Report of the Indian Hemp Drugs Commission, 1894-1895 - Volume I
Year: 1894
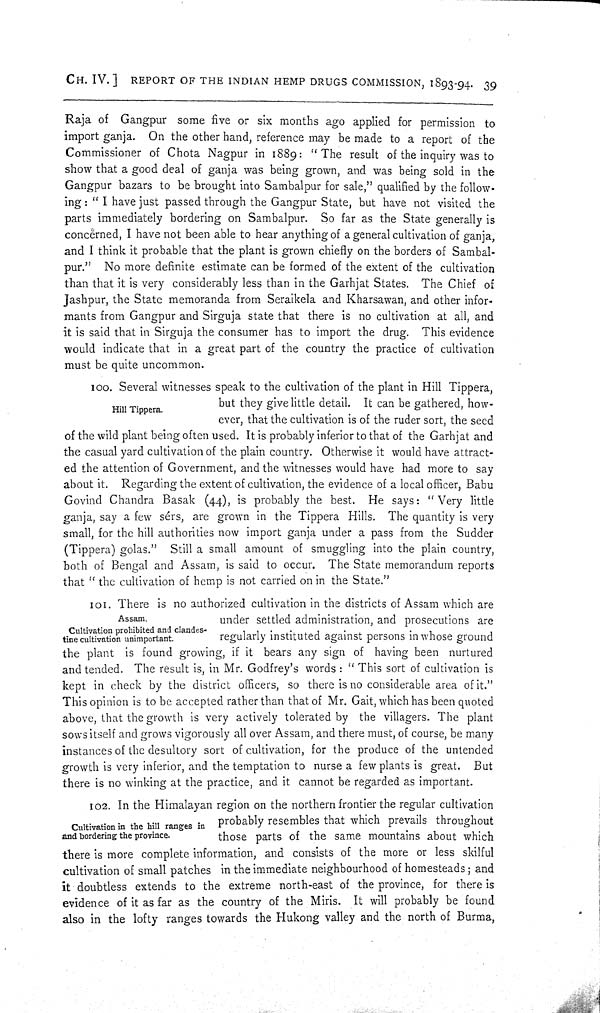
CH. IV.] REPORT OF THE INDIAN HEMP DRUGS COMMISSION, 1893-94. 39
Raja of Gangpur some five or six months ago applied for permission to
import ganja. On the other hand, reference may be made to a report of the
Commissioner of Chota Nagpur in 1889: "The result of the inquiry was to
show that a good deal of ganja was being grown, and was being sold in the
Gangpur bazars to be brought into Sambalpur for sale," qualified by the follow-
ing: "I have just passed through the Gangpur State, but have not visited the
parts immediately bordering on Sambalpur. So far as the State generally is
concerned, I have not been able to hear anything of a general cultivation of ganja,
and I think it probable that the plant is grown chiefly on the borders of Sambal-
pur." No more definite estimate can be formed of the extent of the cultivation
than that it is very considerably less than in the Garhjat States. The Chief of
Jashpur, the State memoranda from Seraikela and Kharsawan, and other infor-
mants from Gangpur and Sirguja state that there is no cultivation at all, and
it is said that in Sirguja the consumer has to import the drug. This evidence
would indicate that in a great part of the country the practice of cultivation
must be quite uncommon.
Hill Tippera.
100. Several witnesses speak to the cultivation of the plant in Hill Tippera,
but they give little detail. It can be gathered, how-
ever, that the cultivation is of the ruder sort, the seed
of the wild plant being often used. It is probably inferior to that of the Garhjat and
the casual yard cultivation of the plain country. Otherwise it would have attract-
ed the attention of Government, and the witnesses would have had more to say
about it. Regarding the extent of cultivation, the evidence of a local officer, Babu
Govind Chandra Basak (44), is probably the best. He says: "Very little
ganja, say a few sérs, are grown in the Tippera Hills. The quantity is very
small, for the hill authorities now import ganja under a pass from the Sudder
(Tippera) golas." Still a small amount of smuggling into the plain country,
both of Bengal and Assam, is said to occur. The State memorandum reports
that "the cultivation of hemp is not carried on in the State."
Assam.
Cultivation prohibited and clandes-
tine cultivation unimportant.
101. There is no authorized cultivation in the districts of Assam which are
under settled administration, and prosecutions are
regularly instituted against persons in whose ground
the plant is found growing, if it bears any sign of having been nurtured
and tended. The result is, in Mr. Godfrey's words: "This sort of cultivation is
kept in check by the district officers, so there is no considerable area of it."
This opinion is to be accepted rather than that of Mr. Gait, which has been quoted
above, that the growth is very actively tolerated by the villagers. The plant
sows itself and grows vigorously all over Assam, and there must, of course, be many
instances of the desultory sort of cultivation, for the produce of the untended
growth is very inferior, and the temptation to nurse a few plants is great. But
there is no winking at the practice, and it cannot be regarded as important.
Cultivation in the hill ranges in
and bordering the province.
102. In the Himalayan region on the northern frontier the regular cultivation
probably resembles that which prevails throughout
those parts of the same mountains about which
there is more complete information, and consists of the more or less skilful
cultivation of small patches in the immediate neighbourhood of homesteads; and
it doubtless extends to the extreme north-east of the province, for there is
evidence of it as far as the country of the Miris. It will probably be found
also in the lofty ranges towards the Hukong valley and the north of Burma,